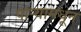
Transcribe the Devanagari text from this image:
पाऱ्यामधून